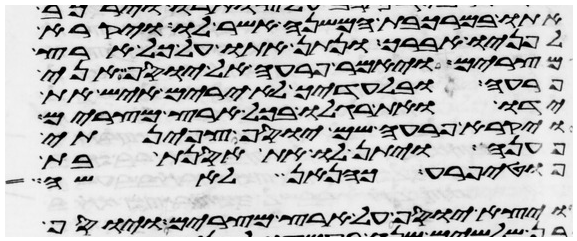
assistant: אתו במרכבת המשנה אשר לו ויקרא
לפניו אברך ונתן אתו על כל ארץ
מצרים ויאמר פרעה אל יוסף אני
פרעה ובלעדיך לא ירים איש את
ידו ואת רגלו בכל ארץ מצרים
ויקרא פרעה שם יוסף צפינתי
פענה ויתן לו את אסנת בת
פוטיפרע כהן אן לאשה
ויצא יוסף על ארץ מצרים ויוסף